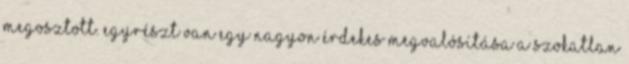
megosztott. Egyrészt van egy nagyon érdekes megvalósítása a szokatlan